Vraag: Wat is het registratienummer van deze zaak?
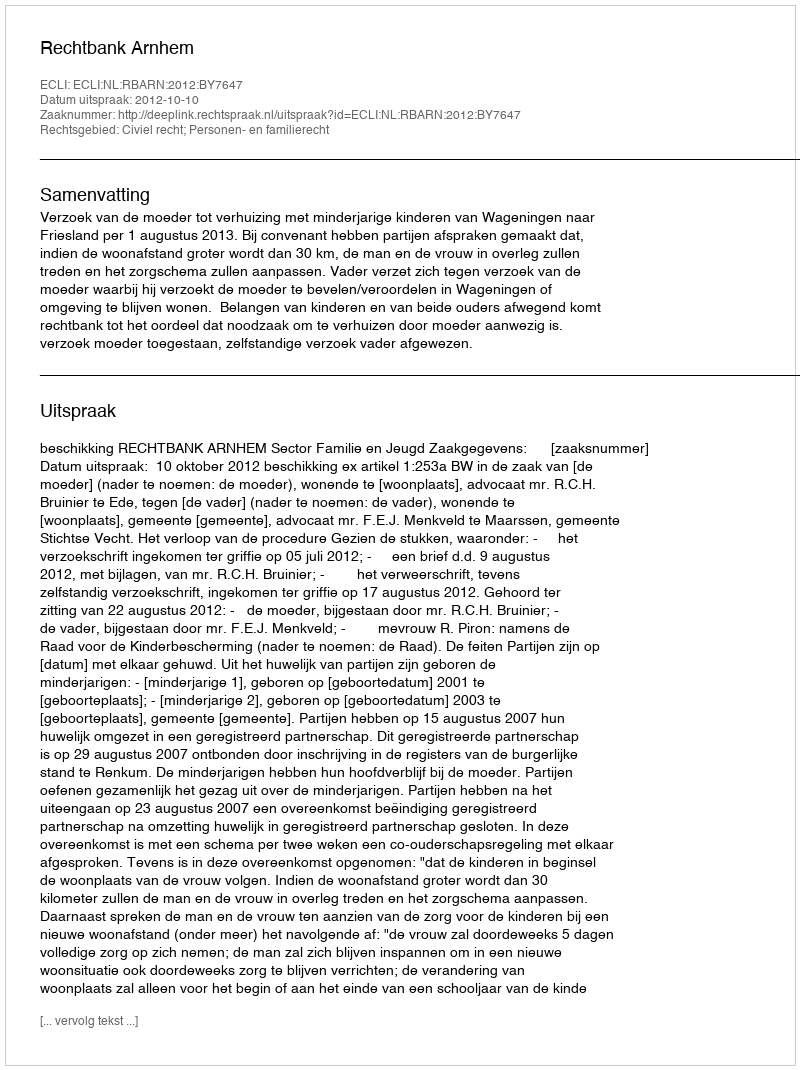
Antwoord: http://deeplink.rechtspraak.nl/uitspraak?id=ECLI:NL:RBARN:2012:BY7647